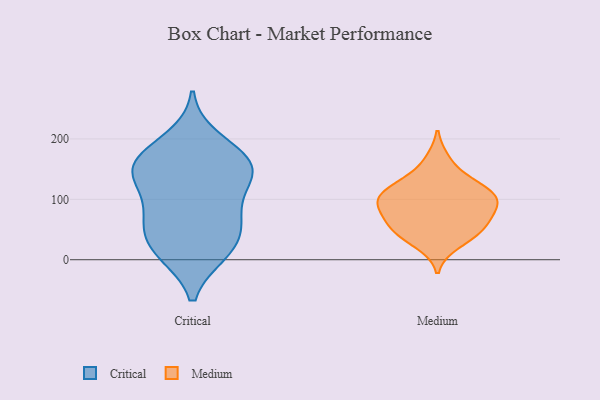
{"axis": {"x": "Page Views", "y": "Value"}, "legend": ["Critical", "Medium"], "data": [{"x": "", "y": 65, "type": "Critical"}, {"x": "", "y": 11, "type": "Critical"}, {"x": "", "y": 12, "type": "Critical"}, {"x": "", "y": 60, "type": "Critical"}, {"x": "", "y": 16, "type": "Critical"}, {"x": "", "y": 53, "type": "Critical"}, {"x": "", "y": 161, "type": "Critical"}, {"x": "", "y": 138, "type": "Critical"}, {"x": "", "y": 82, "type": "Critical"}, {"x": "", "y": 129, "type": "Critical"}, {"x": "", "y": 163, "type": "Critical"}, {"x": "", "y": 200, "type": "Critical"}, {"x": "", "y": 166, "type": "Critical"}, {"x": "", "y": 128, "type": "Critical"}, {"x": "", "y": 159, "type": "Critical"}, {"x": "", "y": 43, "type": "Medium"}, {"x": "", "y": 106, "type": "Medium"}, {"x": "", "y": 48, "type": "Medium"}, {"x": "", "y": 92, "type": "Medium"}, {"x": "", "y": 26, "type": "Medium"}, {"x": "", "y": 115, "type": "Medium"}, {"x": "", "y": 94, "type": "Medium"}, {"x": "", "y": 121, "type": "Medium"}, {"x": "", "y": 58, "type": "Medium"}, {"x": "", "y": 165, "type": "Medium"}, {"x": "", "y": 130, "type": "Medium"}, {"x": "", "y": 93, "type": "Medium"}, {"x": "", "y": 60, "type": "Medium"}, {"x": "", "y": 82, "type": "Medium"}]}